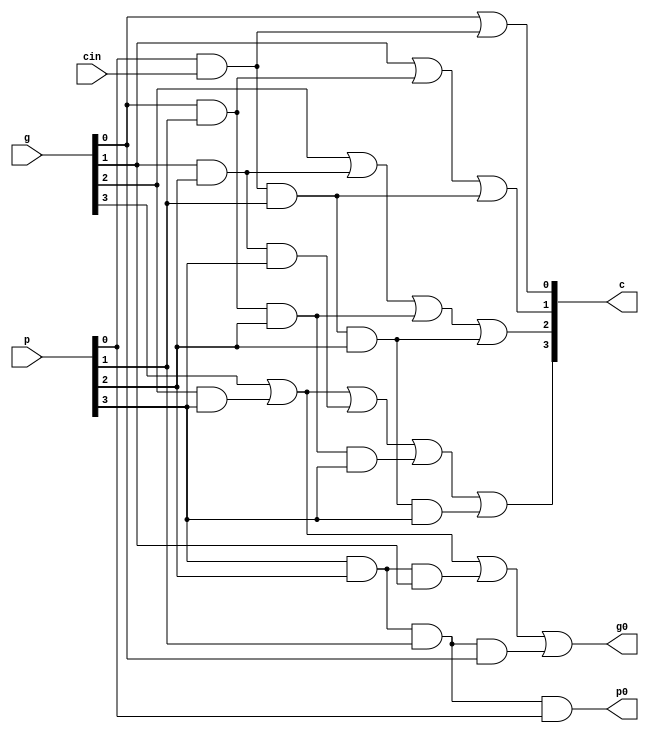
/*
* Kevin Ngo and Jacques Uber
* carry-look-ahead module
* Input 4 pg (8 wires)
* Output 4 c (4 wires)
*/

module lookahead(p, g, c, cin, p0, g0);
    input [3:0] p, g;
    input cin;
    output [3:0] c;
    output p0, g0; // The Super P and G

    assign #2 c[0] = g[0] | p[0] & cin;
    assign #3 c[1] = g[1] | g[0] & p[1] | cin & p[0] & p[1];
    assign #4 c[2] = g[2] | g[1] & p[2] | g[0] & p[1] & p[2] | cin & p[0] & p[1] & p[2];
    assign #5 c[3] = g[3] | g[2] & p[3] | g[1] & p[2] & p[3] | g[0] & p[1] & p[2] & p[3] | cin & p[0] & p[1] & p[2] & p[3];

    assign #3 p0 = p[3] & p[2] & p[1] & p[0];
    assign #4 g0 = g[3] | p[3] & g[2] | p[3] & p[2] & g[1] | p[3] & p[2] & p[1] & g[0];
endmodule